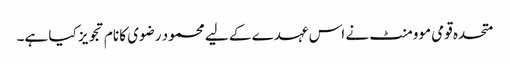
متحدہ قومی موومنٹ نے اس عہدے کے لیے محمود رضوی کا نام تجویز کیا ہے۔